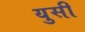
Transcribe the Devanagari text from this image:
युसी